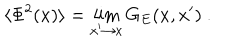
LaTeX: \langle \Phi ^ { 2 } ( x ) \rangle = \lim _ { x ^ { \prime } \to x } G _ { E } ( x , x ^ { \prime } ) \ .